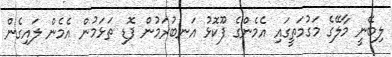
ލިބޭނީ މާލޭގެ މަގުމަތީގައި އެމެންގެ ފޫކޮޅު އަނބުރަމުން ފޮޑި ތަޅަމުން އެމެން ލައިގެން